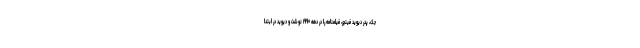
جک، پدر دیوید فینچر، فیلمنامه را در دهه ۱۹۹۰ نوشت و دیوید در ابتدا